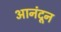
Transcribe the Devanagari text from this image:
आनंदून